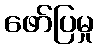
ဖော်ပြမှု